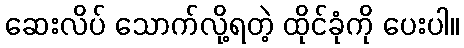
ဆေးလိပ် သောက်လို့ရတဲ့ ထိုင်ခုံကို ပေးပါ။